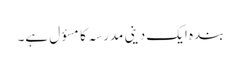
بندہ ایک دینی مدرسہ کامسؤل ہے۔